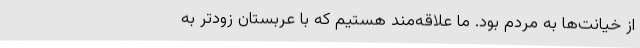
از خیانت‌ها به مردم بود. ما علاقه‌مند هستیم که با عربستان زودتر به